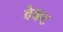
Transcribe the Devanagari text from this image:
वेकट